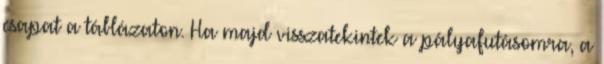
csapat a táblázaton. Ha majd visszatekintek a pályafutásomra, a